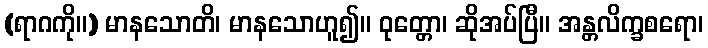
(ရာဂကို။) မာနသောတိ၊ မာနသောဟူ၍။ ဝုတ္တော၊ ဆိုအပ်ပြီ။ အန္တလိက္ခစရော၊